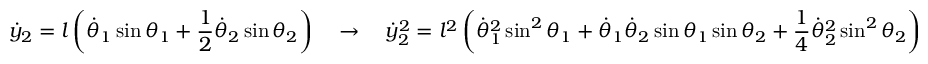
{ \dot { y } } _ { 2 } = l \left( { \dot { \theta } } _ { 1 } \sin \theta _ { 1 } + { \frac { 1 } { 2 } } { \dot { \theta } } _ { 2 } \sin \theta _ { 2 } \right) \quad \rightarrow \quad { \dot { y } } _ { 2 } ^ { 2 } = l ^ { 2 } \left( { \dot { \theta } } _ { 1 } ^ { 2 } \sin ^ { 2 } \theta _ { 1 } + { \dot { \theta } } _ { 1 } { \dot { \theta } } _ { 2 } \sin \theta _ { 1 } \sin \theta _ { 2 } + { \frac { 1 } { 4 } } { \dot { \theta } } _ { 2 } ^ { 2 } \sin ^ { 2 } \theta _ { 2 } \right)